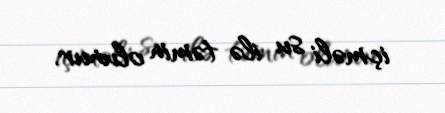
içməli su ilə təmin olunur.